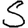
Digit: 5